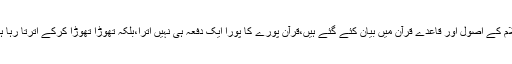
اسلام کے اصول اور قاعدے قرآن میں بیان کئے گئے ہیں،قرآن پورے کا پورا ایک دفعہ ہی نہیں اترا،بلکہ تھوڑا تھوڑا کرکے اترتا رہا ہے۔